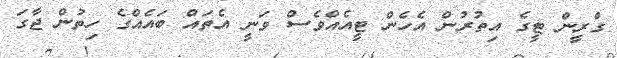
ގްރީން ޓީގެ އިތުރުން އެހެން ޓީއެއްވެސް ވަނީ އެތައް ބައެއްގެ ހިތުން ޖާގަ